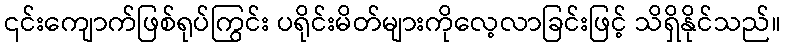
၎င်းကျောက်ဖြစ်ရုပ်ကြွင်း ပရိုင်းမိတ်များကိုလေ့လာခြင်းဖြင့် သိရှိနိုင်သည်။